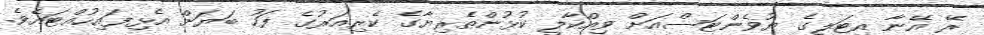
ރޭ އޭނާ އިޓަލީގެ ޔުވެންޓަސްއަށް ވިއްކާލީ ކުޅުންތެރިޔާގެ ކެރިއަރުގެ ފަހު ބަޔަށް އެޅިފައިހުއްޓައެވެ.